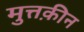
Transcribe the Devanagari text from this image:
मुत्तक़ीन